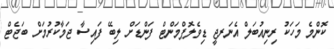
ކޮންމެ މަހަކު ރިނިއުބަލް އެނަރޖީ ޑިވެލޮޕްމަންޓް ފަންޑަށް ލިބޭ ފައިސާ ޖަމާކުރުމަށް ބަޖެޓް